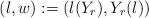
LaTeX: \begin{align*}(l,w) := (l(Y_r), Y_r(l)) \end{align*}